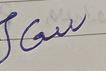
Signature authenticity: forged